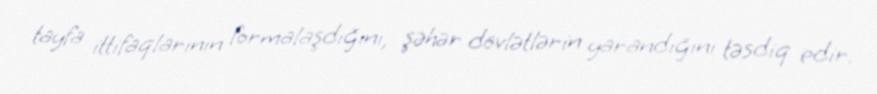
tayfa ittifaqlarının formalaşdığını, şəhər dövlətlərin yarandığını təsdiq edir.